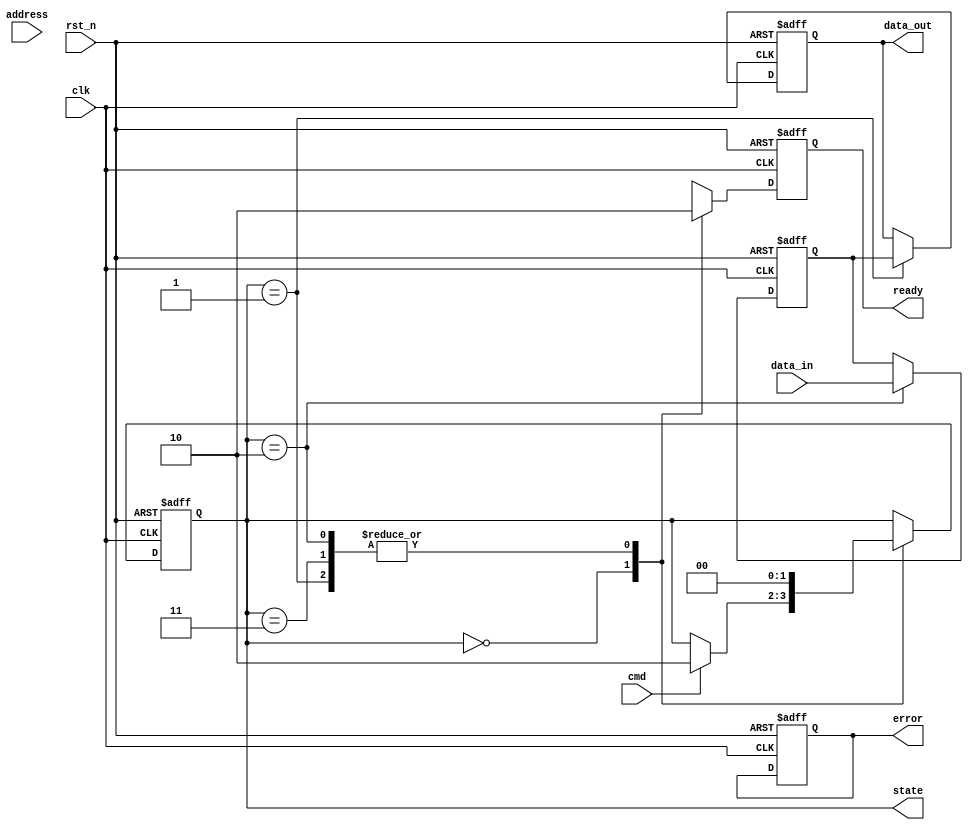
module nand_flash_io_block #(
    parameter DQ_WIDTH = 8 // Number of data lines
) (
    input wire clk,           // System Clock
    input wire rst_n,         // Active low reset
    input wire cmd,           // Command signal
    input wire [DQ_WIDTH-1:0] data_in,  // Data input (for writing)
    output reg [DQ_WIDTH-1:0] data_out,  // Data output (for reading)
    input wire [15:0] address, // Address input
    output reg ready,         // Ready signal
    output reg error,         // Error signal
    output reg [1:0] state    // State output
);

    // State Definitions
    localparam IDLE      = 2'b00;
    localparam READ      = 2'b01;
    localparam WRITE     = 2'b10;
    localparam ERASE     = 2'b11;

    reg [DQ_WIDTH-1:0] data_latch;  // Data latch for writing
    reg [15:0] addr_latch;           // Address latch

    // Control logic (State machine)
    always @(posedge clk or negedge rst_n) begin
        if (!rst_n) begin
            state <= IDLE;
            ready <= 1'b1; // Ready when reset
            error <= 1'b0; // No error on reset
            data_out <= 0;
            data_latch <= 0;
            addr_latch <= 0;
        end else begin
            case (state)
                IDLE: begin
                    ready <= 1'b1; 
                    if (cmd) begin // Assume command high indicates a valid command
                        // Load the address and proceed based on the command
                        addr_latch <= address;  // Latch the address
                        state <= WRITE; // Placeholder; you may want to decode cmd here
                    end
                end

                WRITE: begin
                    data_latch <= data_in; // Latch the input data
                    // Simulate write operation
                    ready <= 1'b0; // Not ready while writing
                    // Here: Place code to handle actual NAND writing...
                    state <= IDLE; // Move to idle after write
                end

                // Add the READ and ERASE operations here
                READ: begin
                    // Simulate read operation
                    data_out <= data_latch; // Output the latched data
                    ready <= 1'b0; // Not ready while reading
                    state <= IDLE; // Move to idle after read
                end

                ERASE: begin
                    // Simulate erase operation
                    ready <= 1'b0; // Not ready while erasing
                    // Here: Place code to handle NAND erase...
                    state <= IDLE; // Move to idle after erase
                end

                default: state <= IDLE; // Default state
            endcase
        end
    end

endmodule